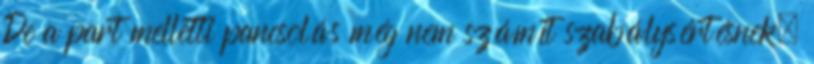
De a part melletti pancsolás még nem számít szabálysértésnek.